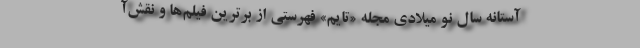
آستانه سال نو میلادی مجله «تایم» فهرستی از برترین فیلم‌ها و نقش‌آ